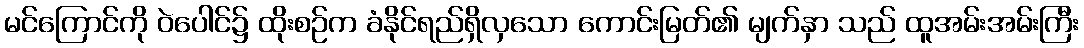
မင်ကြောင်ကို ဝဲပေါင်၌ ထိုးစဉ်က ခံနိုင်ရည်ရှိလှသော ကောင်းမြတ်၏ မျက်နှာ သည် ထူအမ်းအမ်းကြီး